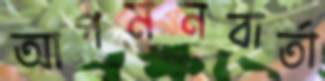
আগমনবার্তা